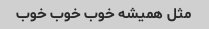
مثل همیشه خوب خوب خوب